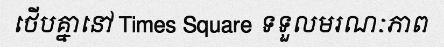
ថើបគ្នានៅ Times Square ទទួលមរណៈភាព